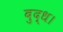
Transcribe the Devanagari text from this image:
बुद्ध।